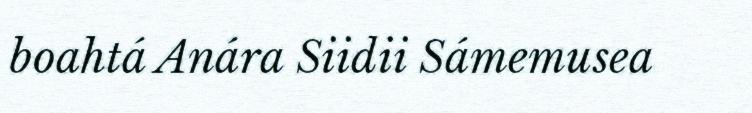
boahtá Anára Siidii Sámemusea